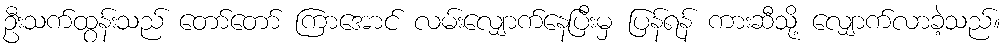
ဦးသက်ထွန်းသည် တော်တော် ကြာအောင် လမ်းလျှောက်နေပြီးမှ ပြန်ရန် ကားဆီသို့ လျှောက်လာခဲ့သည်။